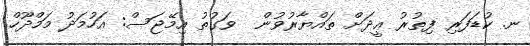
ނ. ކުޑަފަރި ފިތުރު ޢީދަށް ތައްޔާރުވުން  ވަގުތު އިމޭޖަސް: އަހުމަދު މަމްދޫހް